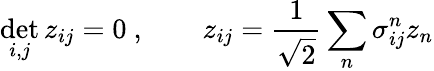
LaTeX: \operatorname*{det}_{i,j}z_{ij}=0\ ,\qquad z_{ij}={\frac{1}{\sqrt{2}}}\sum_{n}\sigma_{ij}^{n}z_{n}